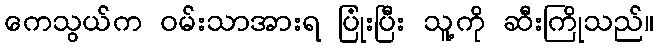
ကေသွယ်က ဝမ်းသာအားရ ပြုံးပြီး သူ့ကို ဆီးကြိုသည်။